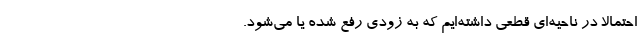
احتمالا در ناحیه‌ای قطعی داشته‌ایم که به زودی رفع شده یا می‌شود.